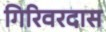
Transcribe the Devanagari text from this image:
गिरिवरदास